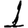
Digit: 1